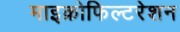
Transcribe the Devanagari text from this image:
माइक्रोफिल्टरेशन